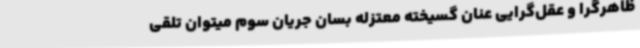
ظاهرگرا و عقل‌گرایی عنان گسیخته معتزله بسان جریان سوم میتوان تلقی